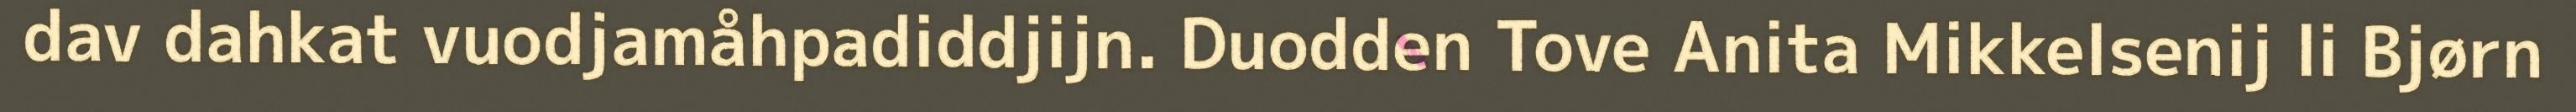
dav dahkat vuodjamåhpadiddjijn. Duodden Tove Anita Mikkelsenij li Bjørn